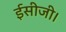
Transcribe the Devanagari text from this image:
ईसीजी।